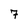
Character: 7